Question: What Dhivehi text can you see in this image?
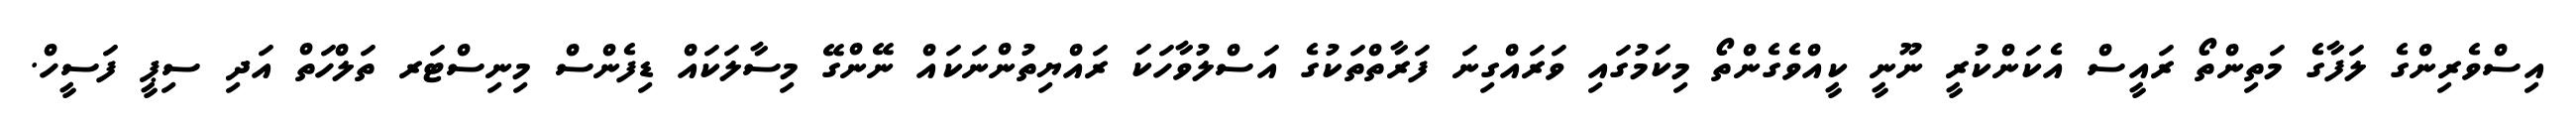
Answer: އިސްވެރިންގެ ލަފާގެ މަތިންތޯ ރައީސް އެކަންކުރީ ނޫނީ ކީއްވެގެންތޯ މިކަމުގައި ވަރައްގިނަ ފަރާތްތަކުގެ އަސްލުވާހަކަ ރައްޔިތުންނަކައް ނޭންގޭ މިސާލަކައް ޑިފެންސް މިނިސްޓަރ ތަލްހަތް އަދި ސިޕީ ފަސީހް.